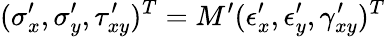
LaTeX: (\sigma_{x}^{\prime},\sigma_{y}^{\prime},\tau_{xy}^{\prime})^{T}=M^{\prime}(\epsilon_{x}^{\prime},\epsilon_{y}^{\prime},\gamma_{xy}^{\prime})^{T}